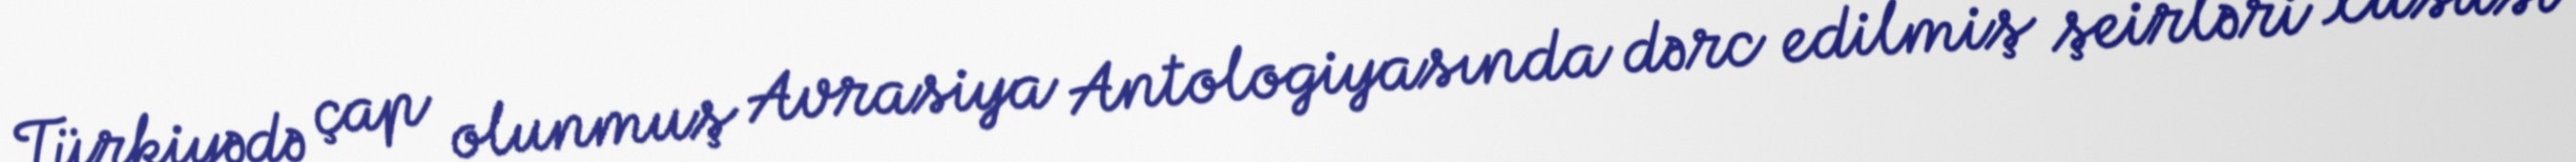
Türkiyədə çap olunmuş Avrasiya Antologiyasında dərc edilmiş şeirləri xüsusi